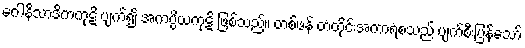
ဂေါနိသာဒိကကုဋိ ပျက်၍ အကပ္ပိယကုဋိ ဖြစ်သည်။ တစ်ဖန် တံတိုင်းအကာရံစသည် ပျက်စီးပြန်သော်